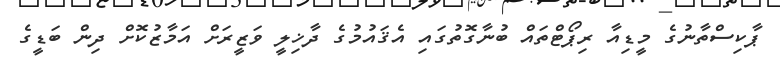
ޕާކިސްތާނުގެ މީޑިއާ ރިޕޯޓްތައް ބުނާގޮތުގައި އެޤައުމުގެ ދާޚިލީ ވަޒީރަށް އަމާޒުކޮށް ދިން ބަޑީގެ